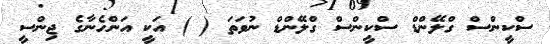
ސްކީންސް ގްލޭންޑް ސްކީންސް ގްލޭންޑް ނުވަތަ ( ) އަކީ އަންހެނާގެ ޖިންސީ